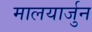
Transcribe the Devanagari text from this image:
मालयार्जुन